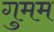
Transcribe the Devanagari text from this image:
गुमम